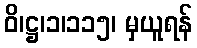
ဝိ၊ဋ္ဌ၊၁၊၁၁၅၊ မှယူရန်